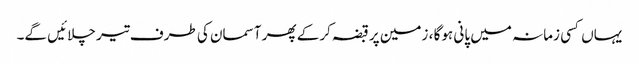
یہاں کسی زمانہ میں پانی ہوگا ، زمین پر قبضہ کرکے پھر آسمان کی طرف تیر چلائیں گے۔